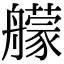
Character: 艨